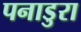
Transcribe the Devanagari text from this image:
पनाडुरा